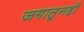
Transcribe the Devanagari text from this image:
जगातूनही